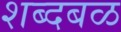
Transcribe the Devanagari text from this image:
शब्दबळ